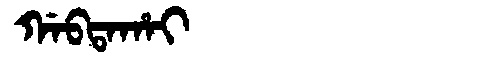
Manchu: ᡤᠠᠪᡨᠠᡥᠠᡳ
Romanization: GABTAHAI